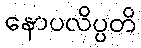
နောပလိပ္ပတိ